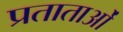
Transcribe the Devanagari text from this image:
प्रताताओं